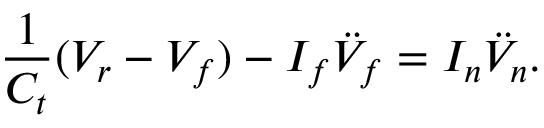
\frac { 1 } { C _ { t } } ( V _ { r } - V _ { f } ) - I _ { f } \ddot { V } _ { f } = I _ { n } \ddot { V } _ { n } .